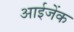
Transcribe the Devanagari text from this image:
आईजेंक